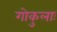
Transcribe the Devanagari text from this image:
गोकुलाः